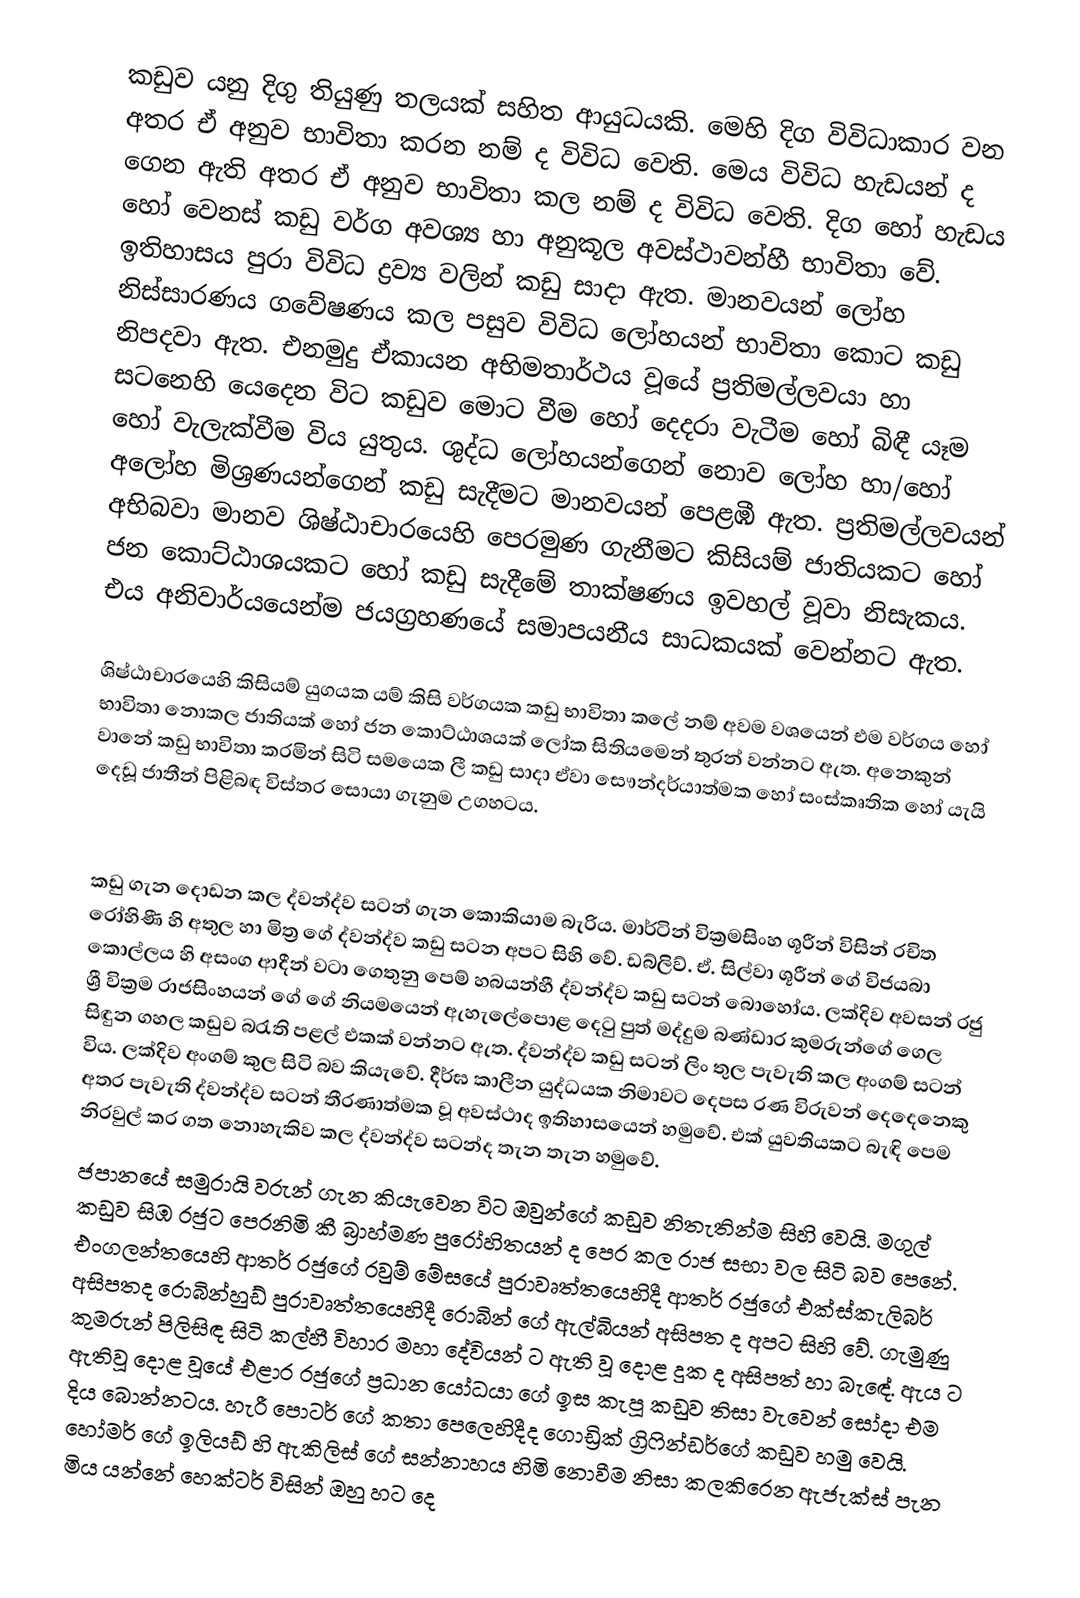
කඩුව යනු දිගු තියුණු තලයක් සහිත ආයුධයකි. මෙහි දිග විවිධාකාර වන අතර ඒ අනුව භාවිතා කරන නම් ද විවිධ වෙති. මෙය විවිධ හැඩයන් ද  ගෙන ඇති අතර ඒ අනුව භාවිතා කල නම් ද විවිධ වෙති. දිග හෝ හැඩය හෝ වෙනස් කඩු වර්ග අවශ්‍ය හා අනුකූල අවස්ථාවන්හී භාවිතා වේ. ඉතිහාසය පුරා විවිධ ද්‍රව්‍ය වලින් කඩු සාදා ඇත. මානවයන් ලෝහ නිස්සාරණය ගවේෂණය කල පසුව විවිධ ලෝහයන් භාවිතා කොට කඩු නිපදවා ඇත. එනමුදු ඒකායන අභිමතාර්ථය වූයේ ප්‍රතිමල්ලවයා හා සටනෙහි යෙදෙන විට කඩුව මොට වීම හෝ දෙදරා වැටීම හෝ බිඳී යෑම හෝ වැලැක්වීම විය යුතුය. ශුද්ධ ලෝහයන්ගෙන් නොව ලෝහ හා/හෝ අලෝහ මිශ්‍රණයන්ගෙන් කඩු සැදීමට මානවයන් පෙළඹී ඇත. ප්‍රතිමල්ලවයන් අභිබවා  මානව ශිෂ්ඨාචාරයෙහි පෙරමුණ  ගැනීමට කිසියම් ජාතියකට හෝ ජන කොට්ඨාශයකට හෝ කඩු සැදීමේ තාක්ෂණය ඉවහල් වූවා නිසැකය. එය අනිවාර්යයෙන්ම ජයග්‍රහණයේ සමාපයනීය සාධකයක් වෙන්නට ඇත.

ශිෂ්ඨාචාරයෙහි කිසියම් යුගයක යම් කිසි වර්ගයක කඩු භාවිතා කලේ නම් අවම වශයෙන් එම වර්ගය හෝ භාවිතා නොකල ජාතියක් හෝ ජන කොට්ඨාශයක් ලෝක සිතියමෙන් තුරන් වන්නට ඇත.  අනෙකුන් වානේ කඩු භාවිතා කරමින් සිටි සමයෙක ලී කඩු සාදා ඒවා සෞන්දර්යාත්මක හෝ සංස්කෘතික හෝ යැයි දෙඩූ ජාතීන් පිළිබඳ විස්තර සොයා ගැනුම උගහටය.

කඩු ගැන දොඩන කල ද්වන්ද්ව සටන් ගැන කොකියාම බැරිය. මාර්ටින් වික්‍රමසිංහ ශූරීන් විසින් රචිත රෝහිණී හි අතුල හා මිත්‍ර ගේ ද්වන්ද්ව කඩු සටන අපට සිහි වේ. ඩබ්ලිව්. ඒ. සිල්වා ශූරීන් ගේ විජයබා කොල්ලය හි අසංග ආදීන් වටා ගෙතුනු පෙම් හබයන්හී ද්වන්ද්ව කඩු සටන් බොහෝය. ලක්දිව අවසන් රජු ශ්‍රී වික්‍රම රාජසිංහයන් ගේ ගේ නියමයෙන් ඇහැලේපොළ දෙටු පුත් මද්දුම බණ්ඩාර කුමරුන්ගේ ගෙල සිඳුන ගහල කඩුව බරැති පළල් එකක් වන්නට ඇත. ද්වන්ද්ව කඩු සටන් ලිං තුල පැවැති කල අංගම්  සටන් විය. ලක්දිව අංගම් කුල සිටි බව කියැ‍වේ. දීර්ඝ කාලීන යුද්ධයක නිමාවට දෙපස රණ විරුවන් දෙදෙනෙකු අතර පැවැති ද්වන්ද්ව සටන් තීරණාත්මක වූ අවස්ථාද ඉතිහාසයෙන් හමුවේ. එක් යුවතියකට බැඳි පෙම නිරවුල් කර ගත නොහැකිව කල ද්වන්ද්ව සටන්ද තැන තැන හමුවේ.
 ජපානයේ සමුරායි වරුන් ගැන කියැවෙන විට ඔවුන්ගේ කඩුව නිතැතින්ම සිහි වෙයි. මගුල් කඩුව සිඹ රජුට පෙරනිමි කී බ්‍රාහ්මණ පුරෝහිතයන් ද පෙර කල රාජ සභා වල සිටි බව පෙනේ. එංගලන්තයෙහි ආතර් රජුගේ රවුම් මේසයේ පුරාවෘත්තයෙහිදී ආතර් රජුගේ එක්ස්කැලිබර් අසිපතද රොබින්හුඩ් පුරාවෘත්තයෙහිදී රොබින් ගේ ඇල්බියන් අසිපත ද අපට සිහි වේ.  ගැමුණු කුමරුන්  පිලිසිඳ සිටි කල්හී විහාර මහා දේවියන් ට ඇති වූ දොළ දුක ද අසිපත් හා බැ‍ඳේ. ඇය ට ඇතිවූ දොළ වූයේ එළාර රජුගේ ප්‍රධාන යෝධයා ගේ ඉස කැපූ කඩුව තිසා වැවෙන් සෝදා එම දිය බොන්නටය.  හැරී පොටර් ‍ගේ කතා පෙලෙහිදීද ගොඩ්‍රික් ග්‍රිෆින්ඩර්ගේ කඩුව හමු වෙයි. හෝමර් ගේ ඉලියඩ් හි ඇකිලිස් ගේ සන්නාහය හිමි නොවීම නිසා කලකිරෙන ඇජැක්ස් පැන මිය යන්නේ හෙක්ටර් විසින් ඔහු හට දෙ